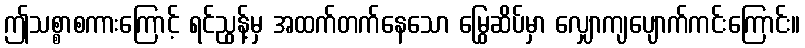
ဤသစ္စာစကားကြောင့် ရင်ညွန့်မှ အထက်တက်နေသော မြွေဆိပ်မှာ လျှောကျပျောက်ကင်းကြောင်း။